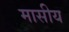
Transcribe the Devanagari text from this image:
मासीय